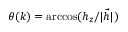
\theta ( k ) = \operatorname { a r c c o s } ( h _ { z } / | { \vec { h } } | )